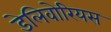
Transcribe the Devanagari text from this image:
डेलिवोरियस